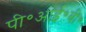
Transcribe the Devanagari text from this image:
पी॰आई॰बी॰